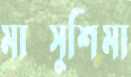
মাত্সুশিমা